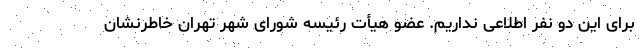
برای این دو نفر اطلاعی نداریم. عضو هیأت رئیسه شورای شهر تهران خاطرنشان